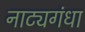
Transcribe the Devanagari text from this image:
नाट्यगंधा